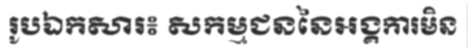
រូបឯកសារ៖ សកម្មជននៃអង្គការមិន